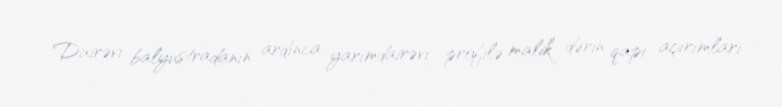
Dairəvi balyustradanın ardınca yarımdairəvi profilə malik dərin qapı açırımları